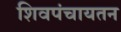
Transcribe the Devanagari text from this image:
शिवपंचायतन